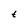
Character: t